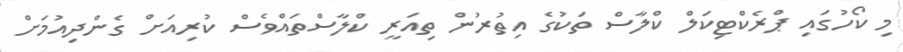
މި ކޯހުގައި ޕްރެކްޓިކަލް ކްލާސް ތަކުގެ އިތުރުން ތިއަރީ ކްލާސްތައްވެސް ކުރިއަށް ގެންދިއުމަށް